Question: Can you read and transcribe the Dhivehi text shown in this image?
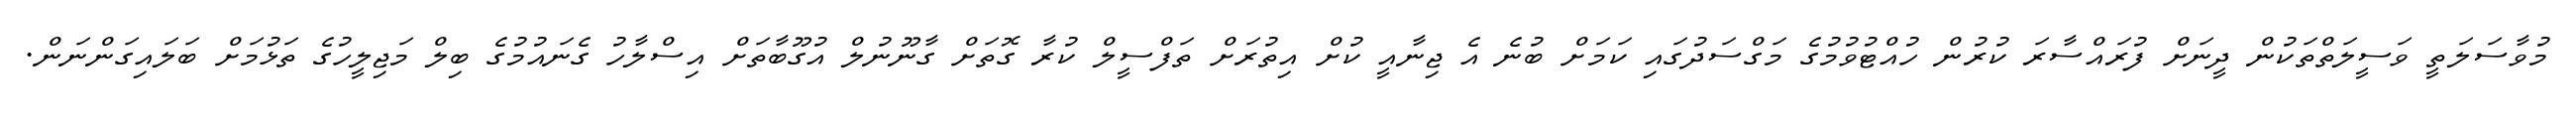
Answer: މުވާސަލަތީ ވަސީލަތްތަކުން ދީނަށް ފުރައްސާރަ ކުރުން ހުއްޓުވުމުގެ މަގްސަދުގައި ކަމަށް ބުނެ އެ ޖިނާއީ ކުށް އިތުރަށް ތަފްސީލް ކުރާ ގޮތަށް ގާނޫނުލް އުގޫބާތަށް އިސްލާހު ގެނައުމުގެ ބިލް މަޖިލީހުގެ ތަޅުމަށް ބަލައިގަންނަން.